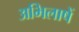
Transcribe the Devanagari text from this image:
अभिलाषें